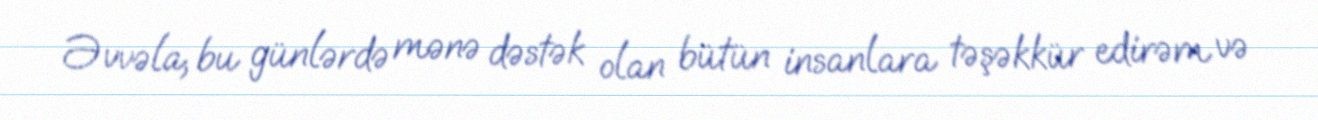
Əvvəla, bu günlərdə mənə dəstək olan bütün insanlara təşəkkür edirəm və